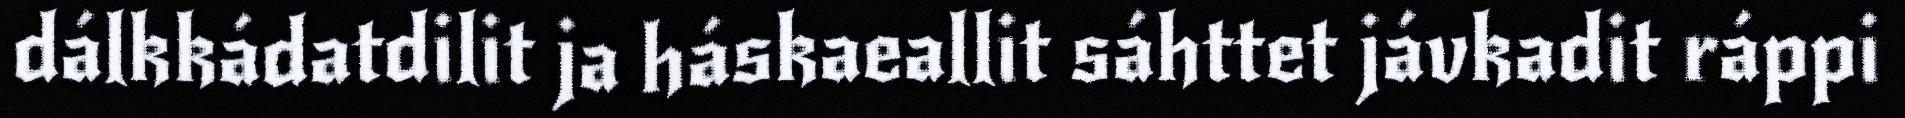
dálkkádatdilit ja háskaeallit sáhttet jávkadit ráppi